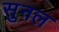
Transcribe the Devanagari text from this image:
सुनल